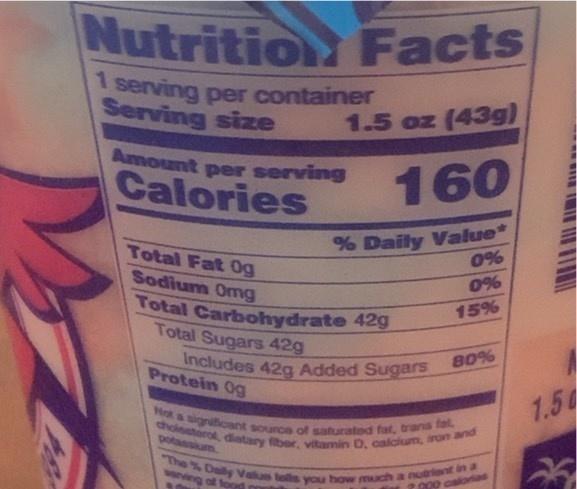
The % Dally Valu tols you how much a nudriont in a Total Carbohydrate 42g
Includes 42g Added Sugars
choieeterol, diatary fiber, vitamin D, calclum, iron and
Not a signifioant sounce of saturated fat, trans fat,
Nutrition Facts
1.
1 serving per container Serving size
1.5 oz (43g)
Amount per serving Calories
160
% Daily Value* 0%
Total Fat 0g
Sodium Omg
0%
15%
Total Sugars 42g
80%
Protein 0g
1.54
potassium
of for
2000 cal